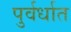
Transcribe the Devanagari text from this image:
पुर्वर्धात